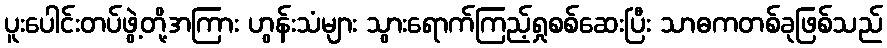
ပူးပေါင်းတပ်ဖွဲ့တို့အကြား ဟွန်းသံများ သွားရောက်ကြည့်ရှုစစ်ဆေးပြီး သာဓကတစ်ခုဖြစ်သည်